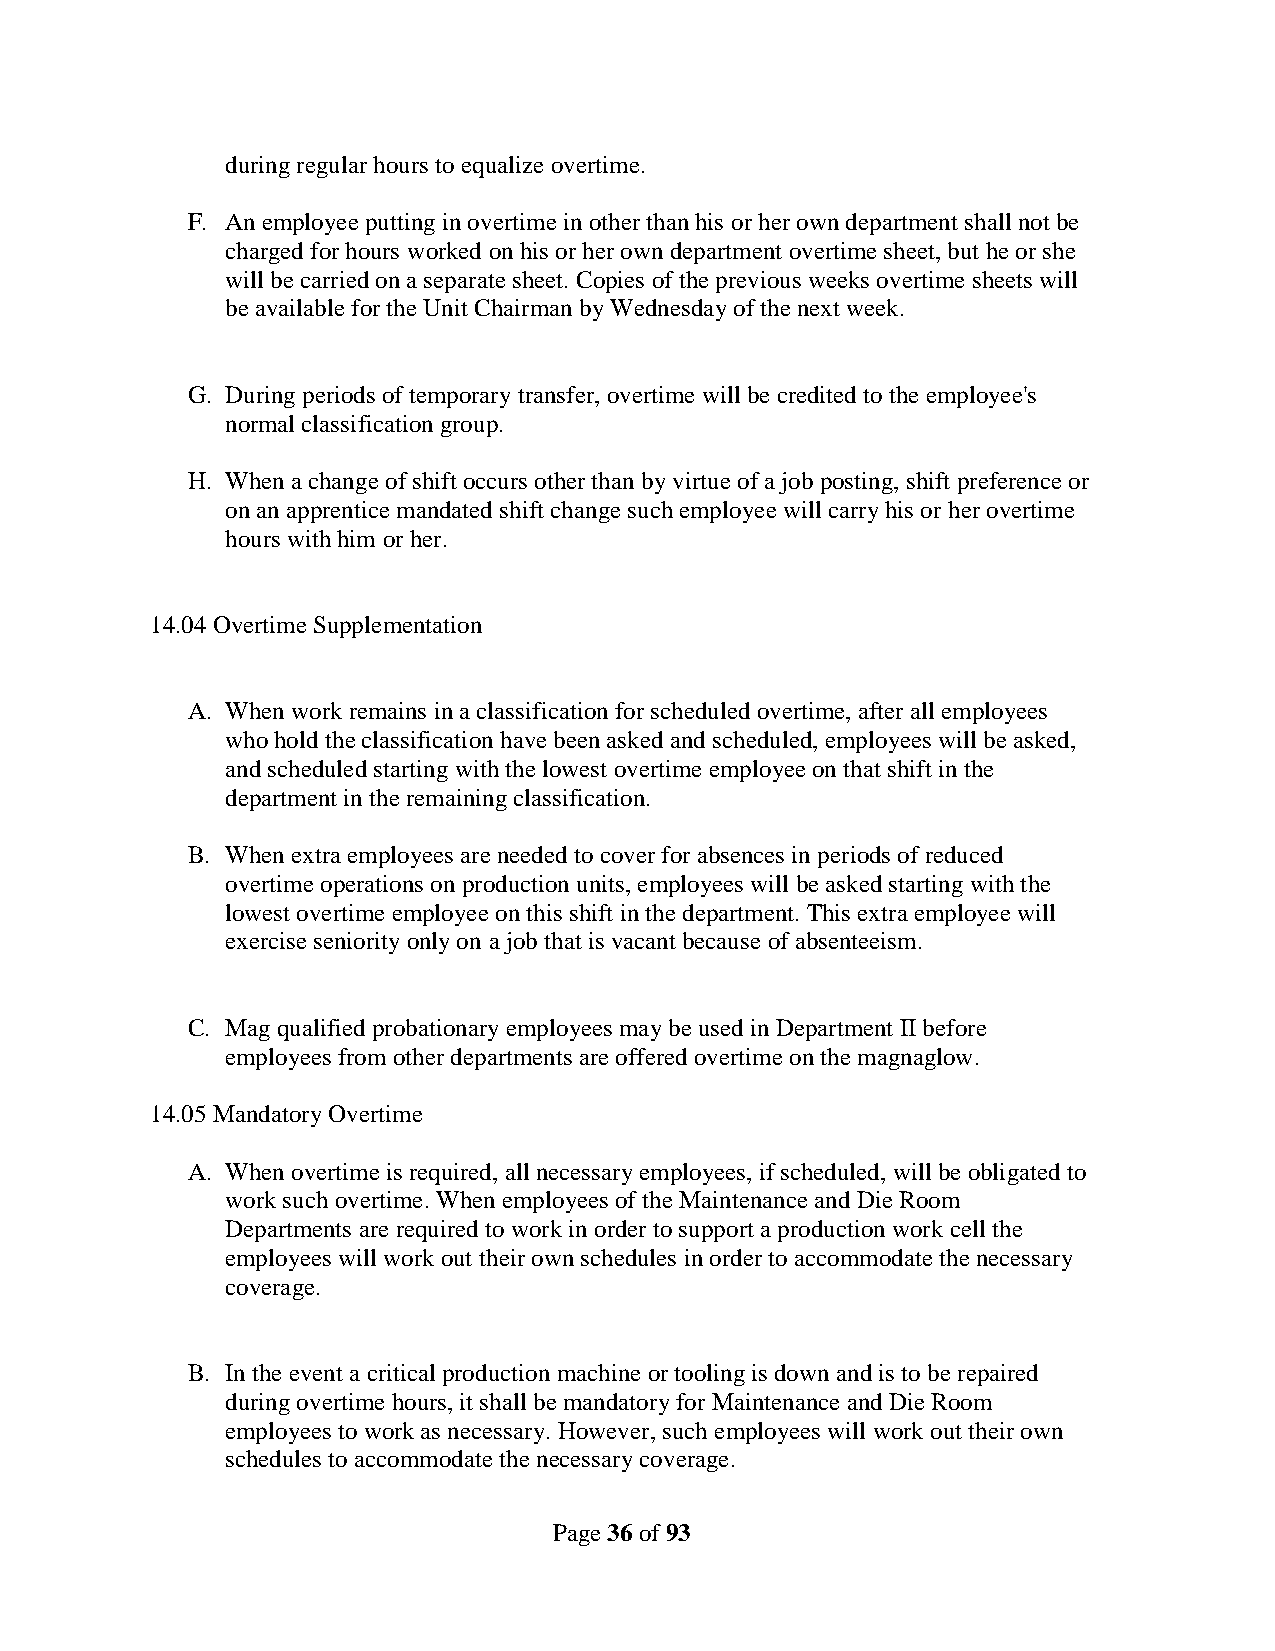
during regular hours to equalize overtime.
 F. An employee putting in overtime in other than his or her own department shall not be
 charged for hours worked on his or her own department overtime sheet, but he or she
 will be carried on a separate sheet. Copies of the previous weeks overtime sheets will
 be available for the Unit Chairman by Wednesday of the next week.
 G. During periods of temporary transfer, overtime will be credited to the employee's
 normal classification group.
 H. When a change of shift occurs other than by virtue of a job posting, shift preference or
 on an apprentice mandated shift change such employee will carry his or her overtime
 hours with him or her.
 14.04 Overtime Supplementation
 A. When work remains in a classification for scheduled overtime, after all employees
 who hold the classification have been asked and scheduled, employees will be asked,
 and scheduled starting with the lowest overtime employee on that shift in the
 department in the remaining classification.
 B. When extra employees are needed to cover for absences in periods of reduced
 overtime operations on production units, employees will be asked starting with the
 lowest overtime employee on this shift in the department. This extra employee will
 exercise seniority only on a job that is vacant because of absenteeism.
 C. Mag qualified probationary employees may be used in Department II before
 employees from other departments are offered overtime on the magnaglow.
 14.05 Mandatory Overtime
 A. When overtime is required, all necessary employees, if scheduled, will be obligated to
 work such overtime. When employees of the Maintenance and Die Room
 Departments are required to work in order to support a production work cell the
 employees will work out their own schedules in order to accommodate the necessary
 coverage.
 B. In the event a critical production machine or tooling is down and is to be repaired
 during overtime hours, it shall be mandatory for Maintenance and Die Room
 employees to work as necessary. However, such employees will work out their own
 schedules to accommodate the necessary coverage.
 Page 36 of 93